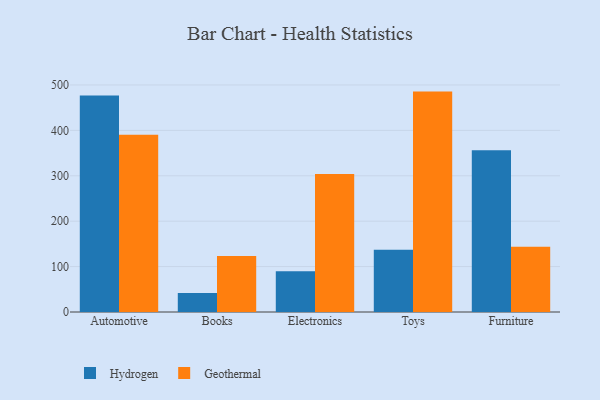
{"axis": {"x": "Category", "y": "Active Users"}, "legend": ["Geothermal", "Hydrogen"], "data": [{"x": "Automotive", "y": 476.8, "type": "Hydrogen"}, {"x": "Automotive", "y": 390.5, "type": "Geothermal"}, {"x": "Books", "y": 41.7, "type": "Hydrogen"}, {"x": "Books", "y": 123.1, "type": "Geothermal"}, {"x": "Electronics", "y": 89.9, "type": "Hydrogen"}, {"x": "Electronics", "y": 303.7, "type": "Geothermal"}, {"x": "Toys", "y": 137.2, "type": "Hydrogen"}, {"x": "Toys", "y": 485.4, "type": "Geothermal"}, {"x": "Furniture", "y": 356.1, "type": "Hydrogen"}, {"x": "Furniture", "y": 143.8, "type": "Geothermal"}]}